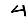
Digit: 4